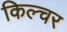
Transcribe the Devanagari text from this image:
किल्चर